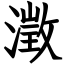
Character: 澂